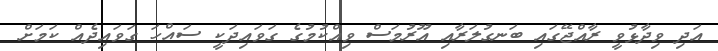
އަދި ވިދާޅުވީ ރާއްޖޭގައި ބަނގުލަރާއި އޫރުމަސް ވިއްކުމުގެ ގަވައިދަކީ ސައްހަ ގަވައިދެއް ކަމަށް